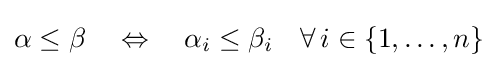
\alpha \leq \beta \quad \Leftrightarrow \quad \alpha _{i}\leq \beta _{i}\quad \forall \,i\in \{1,\ldots ,n\}